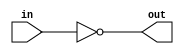
// CN1 -  schelet lab02

module modul02(
  output out,
  input in
  );

  assign out = ~in;

endmodule